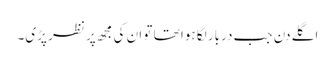
اگلے دن جب دربار لگا ہوا تھا تو ان کی مجھ پر نظر پڑی۔